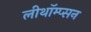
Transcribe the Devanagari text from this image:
लीथॉम्प्सन